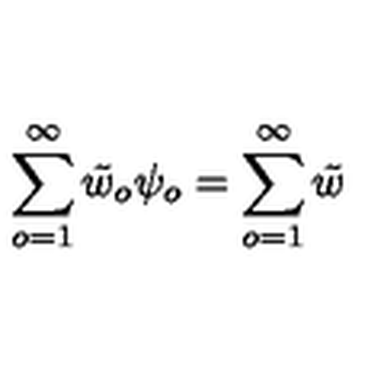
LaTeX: \sum _ { o = 1 } ^ { \infty } { \tilde { w } } _ { o } \psi _ { o } = \sum _ { o = 1 } ^ { \infty } { \tilde { w } }